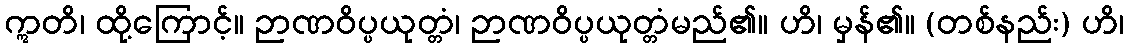
ဣတိ၊ ထို့ကြောင့်။ ဉာဏဝိပ္ပယုတ္တံ၊ ဉာဏဝိပ္ပယုတ္တံမည်၏။ ဟိ၊ မှန်၏။ (တစ်နည်း) ဟိ၊